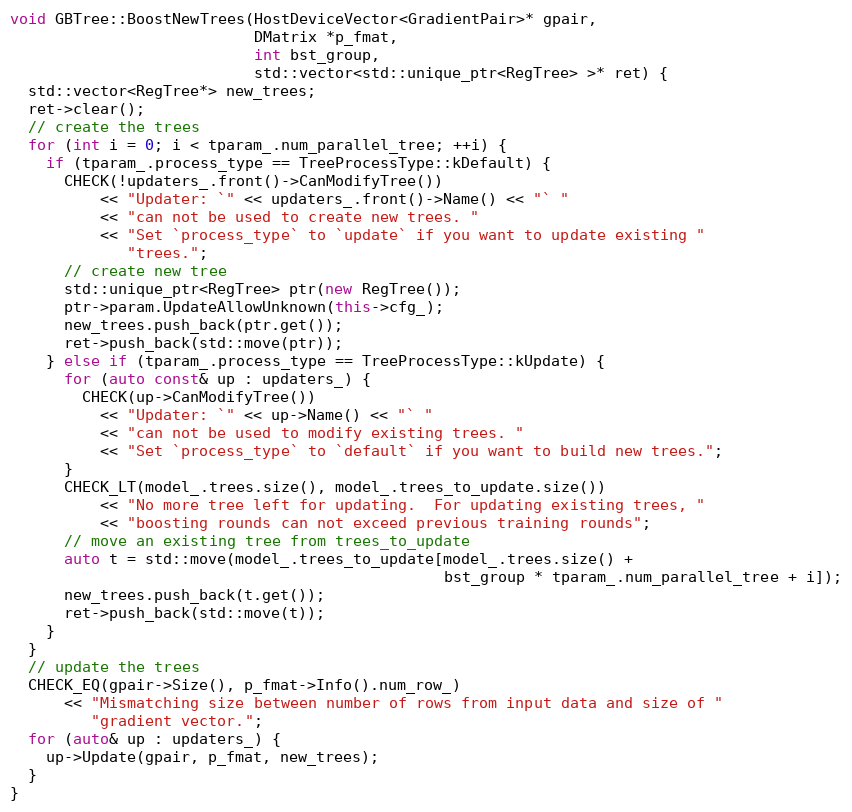
Language: C++
void GBTree::BoostNewTrees(HostDeviceVector<GradientPair>* gpair,
                           DMatrix *p_fmat,
                           int bst_group,
                           std::vector<std::unique_ptr<RegTree> >* ret) {
  std::vector<RegTree*> new_trees;
  ret->clear();
  // create the trees
  for (int i = 0; i < tparam_.num_parallel_tree; ++i) {
    if (tparam_.process_type == TreeProcessType::kDefault) {
      CHECK(!updaters_.front()->CanModifyTree())
          << "Updater: `" << updaters_.front()->Name() << "` "
          << "can not be used to create new trees. "
          << "Set `process_type` to `update` if you want to update existing "
             "trees.";
      // create new tree
      std::unique_ptr<RegTree> ptr(new RegTree());
      ptr->param.UpdateAllowUnknown(this->cfg_);
      new_trees.push_back(ptr.get());
      ret->push_back(std::move(ptr));
    } else if (tparam_.process_type == TreeProcessType::kUpdate) {
      for (auto const& up : updaters_) {
        CHECK(up->CanModifyTree())
          << "Updater: `" << up->Name() << "` "
          << "can not be used to modify existing trees. "
          << "Set `process_type` to `default` if you want to build new trees.";
      }
      CHECK_LT(model_.trees.size(), model_.trees_to_update.size())
          << "No more tree left for updating.  For updating existing trees, "
          << "boosting rounds can not exceed previous training rounds";
      // move an existing tree from trees_to_update
      auto t = std::move(model_.trees_to_update[model_.trees.size() +
                                                bst_group * tparam_.num_parallel_tree + i]);
      new_trees.push_back(t.get());
      ret->push_back(std::move(t));
    }
  }
  // update the trees
  CHECK_EQ(gpair->Size(), p_fmat->Info().num_row_)
      << "Mismatching size between number of rows from input data and size of "
         "gradient vector.";
  for (auto& up : updaters_) {
    up->Update(gpair, p_fmat, new_trees);
  }
}